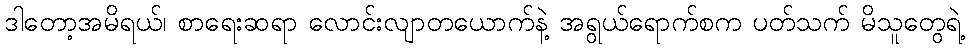
ဒါတော့အမိရယ်၊ စာရေးဆရာ လောင်းလျာတယောက်နဲ့ အရွယ်ရောက်စက ပတ်သက် မိသူတွေရဲ့